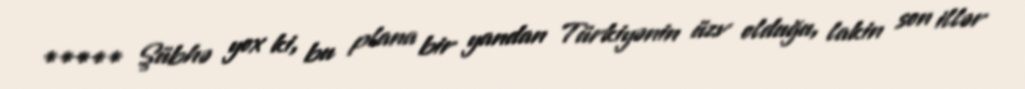
***** Şübhə yox ki, bu plana bir yandan Türkiyənin üzv olduğu, lakin son illər